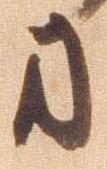
方